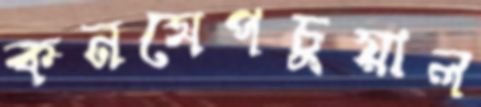
কনসেপচুয়াল